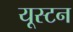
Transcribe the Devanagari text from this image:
यूस्टन